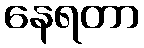
နေရတာ